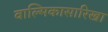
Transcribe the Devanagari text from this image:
वाल्मिकासारिखा